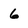
Character: 6